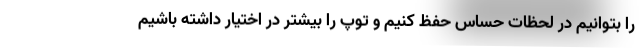
را بتوانیم در لحظات حساس حفظ کنیم و توپ را بیشتر در اختیار داشته باشیم